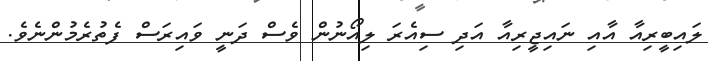
ލައިބީރިއާ އާއި ނައިޖީރިއާ އަދި ސިއެރަ ލިއޯނުން ވެސް ދަނީ ވައިރަސް ފެތުރެމުންނެވެ.